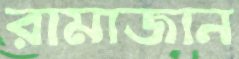
রামাজান